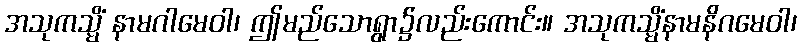
အသုကသ္မိံ နာမဂါမေဝါ၊ ဤမည်သောရွာ၌လည်းကောင်း။ အသုကသ္မိံနာမနိဂမေဝါ၊